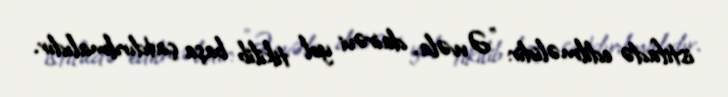
istifadə edilməlidir: "Əvvəla, dairəvi yol tikilib başa çatdırılmalıdır.